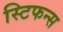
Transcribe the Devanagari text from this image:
स्टिफन्स